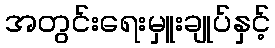
အတွင်းရေးမှူးချုပ်နှင့်